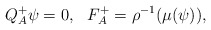
\begin{align*}Q^+_A \psi = 0,\, \, \, \, F^+_A = \rho^{-1}(\mu(\psi)),\end{align*}